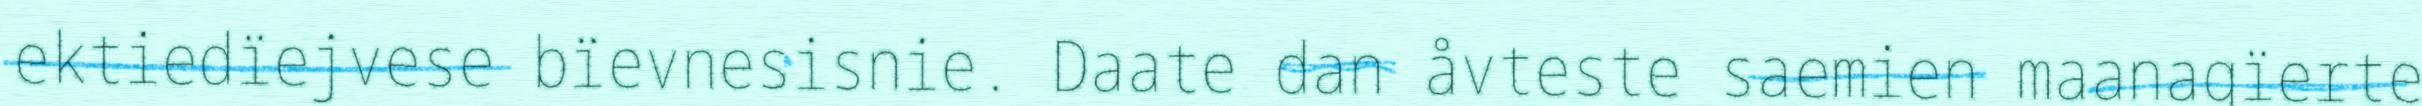
ektiedïejvese bïevnesisnie. Daate dan åvteste saemien maanagïerte